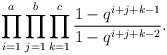
LaTeX: \begin{align*} \prod _{i=1} ^{a}\prod _{j=1} ^{b}\prod _{k=1} ^{c}\frac {1-q^{i+j+k-1}} {1-q^{i+j+k-2}}.\end{align*}